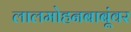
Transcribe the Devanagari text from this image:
लालमोहनबाबूंवर